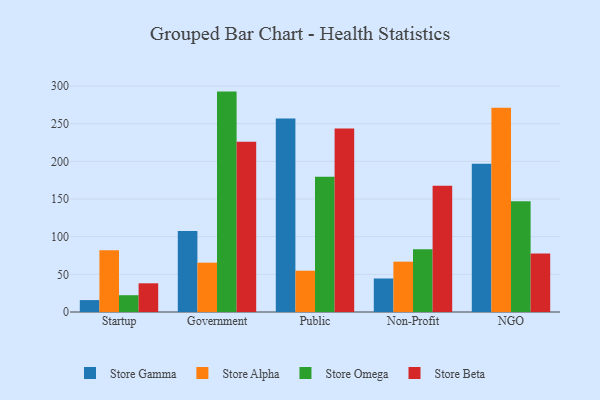
{"axis": {"x": "Segment", "y": "Net Income (USD K)"}, "legend": ["Store Alpha", "Store Beta", "Store Gamma", "Store Omega"], "data": [{"x": "Startup", "y": 15.8, "type": "Store Gamma"}, {"x": "Startup", "y": 82.1, "type": "Store Alpha"}, {"x": "Startup", "y": 22.3, "type": "Store Omega"}, {"x": "Startup", "y": 38.1, "type": "Store Beta"}, {"x": "Government", "y": 107.6, "type": "Store Gamma"}, {"x": "Government", "y": 65.5, "type": "Store Alpha"}, {"x": "Government", "y": 292.6, "type": "Store Omega"}, {"x": "Government", "y": 225.9, "type": "Store Beta"}, {"x": "Public", "y": 257.0, "type": "Store Gamma"}, {"x": "Public", "y": 54.8, "type": "Store Alpha"}, {"x": "Public", "y": 179.5, "type": "Store Omega"}, {"x": "Public", "y": 243.7, "type": "Store Beta"}, {"x": "Non-Profit", "y": 44.5, "type": "Store Gamma"}, {"x": "Non-Profit", "y": 66.8, "type": "Store Alpha"}, {"x": "Non-Profit", "y": 83.2, "type": "Store Omega"}, {"x": "Non-Profit", "y": 167.7, "type": "Store Beta"}, {"x": "NGO", "y": 196.7, "type": "Store Gamma"}, {"x": "NGO", "y": 271.3, "type": "Store Alpha"}, {"x": "NGO", "y": 146.9, "type": "Store Omega"}, {"x": "NGO", "y": 77.7, "type": "Store Beta"}]}